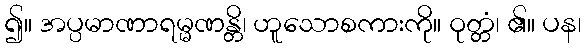
၍။ အပ္ပမာဏာရမ္မဏန္တိ၊ ဟူသောစကားကို။ ဝုတ္တံ၊ ၏။ ပန၊